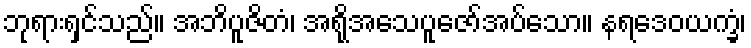
ဘုရားရှင်သည်။ အဘိပူဇိတံ၊ အရိုအသေပူဇော်အပ်သော။ နရဒေဝယက္ခံ၊